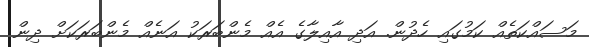
މަސައްކަތެއް ކަމުގައި ހެދުން. އަދި އާއިލާގެ އެއް މެންބަރަކު އަނެއް މެންބަރަކަށް ދިން